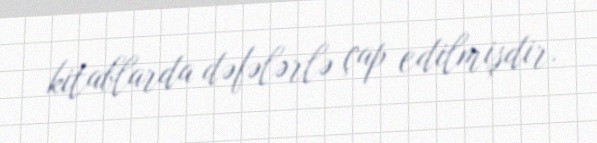
kitablarda dəfələrlə çap edilmişdir.